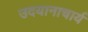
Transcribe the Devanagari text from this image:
उदयानाचार्य